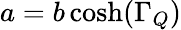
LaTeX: a=b\cosh(\Gamma_{Q})